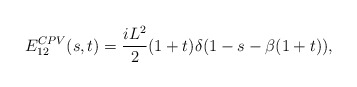
\begin{align*}E^{CPV}_{12}(s,t)={{iL^2}\over 2}(1+t)\delta(1-s-\beta (1+t)),\end{align*}